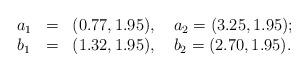
LaTeX: \begin{align*}\left.\begin{array}{lll}a_{1}&=&(0.77,1.95), \quad a_{2}=(3.25, 1.95); \\b_{1}&=&(1.32, 1.95), \quad b_{2}=(2.70, 1.95).\end{array}\right.\end{align*}